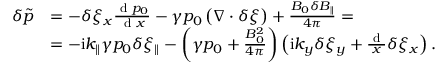
\begin{array} { r } { \begin{array} { r l } { \delta \tilde { p } } & { = - \delta \xi _ { x } \frac { \textrm { d } p _ { 0 } } { \textrm { d } x } - \gamma p _ { 0 } \left( \nabla \cdot \delta \boldsymbol { \xi } \right) + \frac { B _ { 0 } \delta B _ { \parallel } } { 4 \pi } = } \\ & { = - \mathrm { i } k _ { \parallel } \gamma p _ { 0 } \delta \xi _ { \parallel } - \left( \gamma p _ { 0 } + \frac { B _ { 0 } ^ { 2 } } { 4 \pi } \right) \left( \mathrm { i } k _ { y } \delta \xi _ { y } + \frac { \textrm { d } } { x } \delta \xi _ { x } \right) . } \end{array} } \end{array}